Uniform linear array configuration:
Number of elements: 16
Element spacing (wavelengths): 0.75
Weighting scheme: uniform
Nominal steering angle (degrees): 60
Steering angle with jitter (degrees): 60.467
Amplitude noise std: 0.05
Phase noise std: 0.05

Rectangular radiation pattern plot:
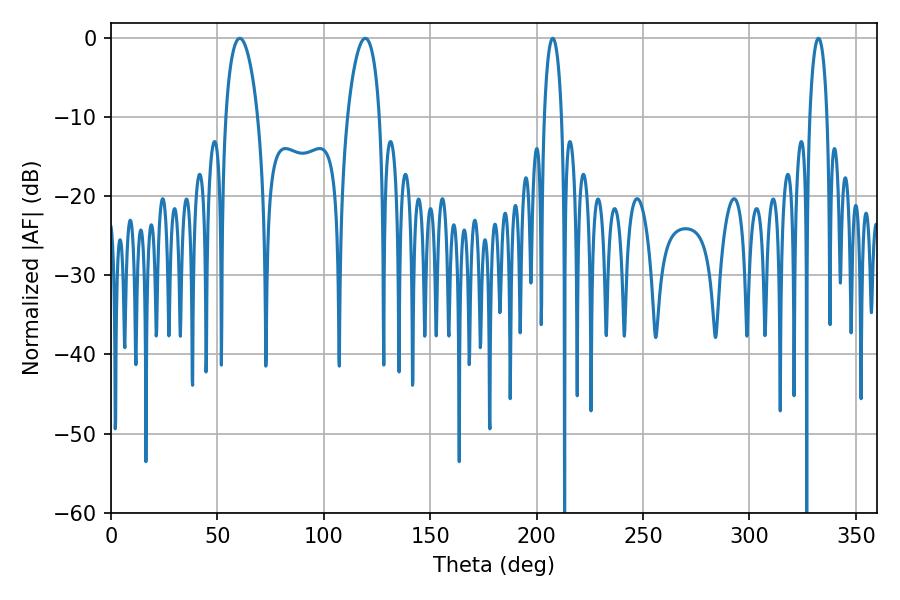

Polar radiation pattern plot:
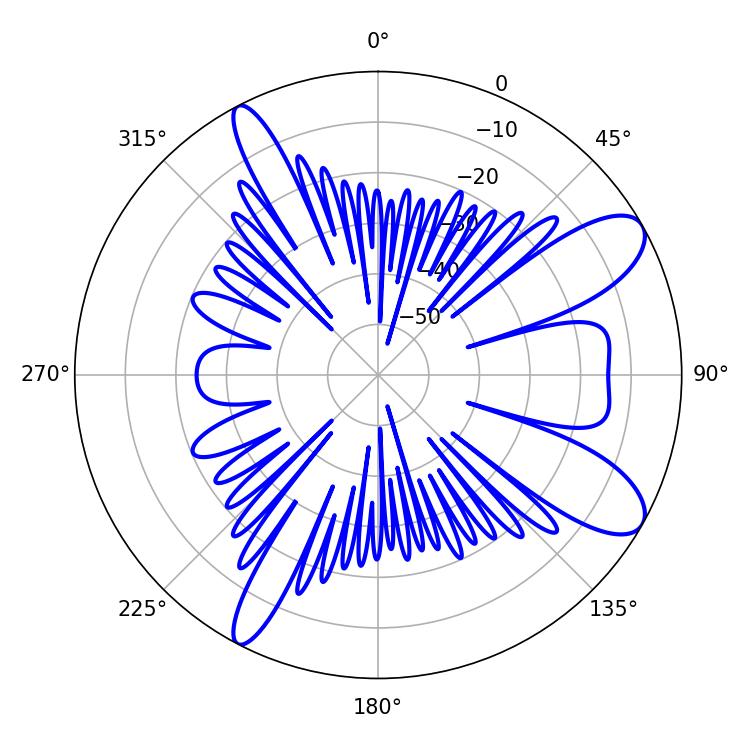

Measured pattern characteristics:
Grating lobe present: TRUE
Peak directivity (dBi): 9.798
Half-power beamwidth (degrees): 8.64
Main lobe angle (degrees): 60.48